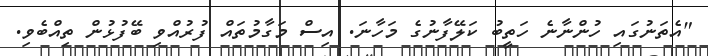
"އެތަނުގައި ހުންނާނެ ހަތީބު ކަލޭފާނުގެ މަހާނަ. އިސް މަގާމުތައް ފުރުއްވި ބޭފުޅުން ތިއްބެވި.